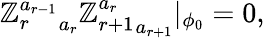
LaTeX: {\mathbb{Z}_{r}^{a_{r-1}}}_{a_{r}}{\mathbb{Z}_{r+1}^{a_{r}}}_{a_{r+1}}|_{\phi_{0}}=0,